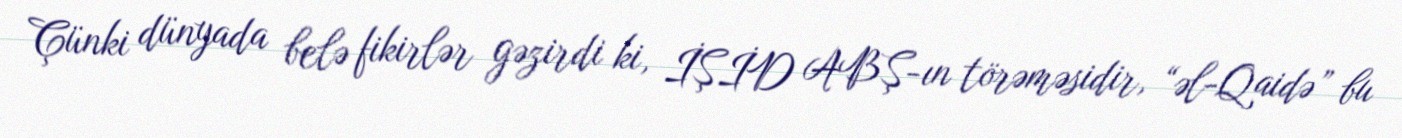
Çünki dünyada belə fikirlər gəzirdi ki, İŞİD ABŞ-ın törəməsidir, “əl-Qaidə” bu